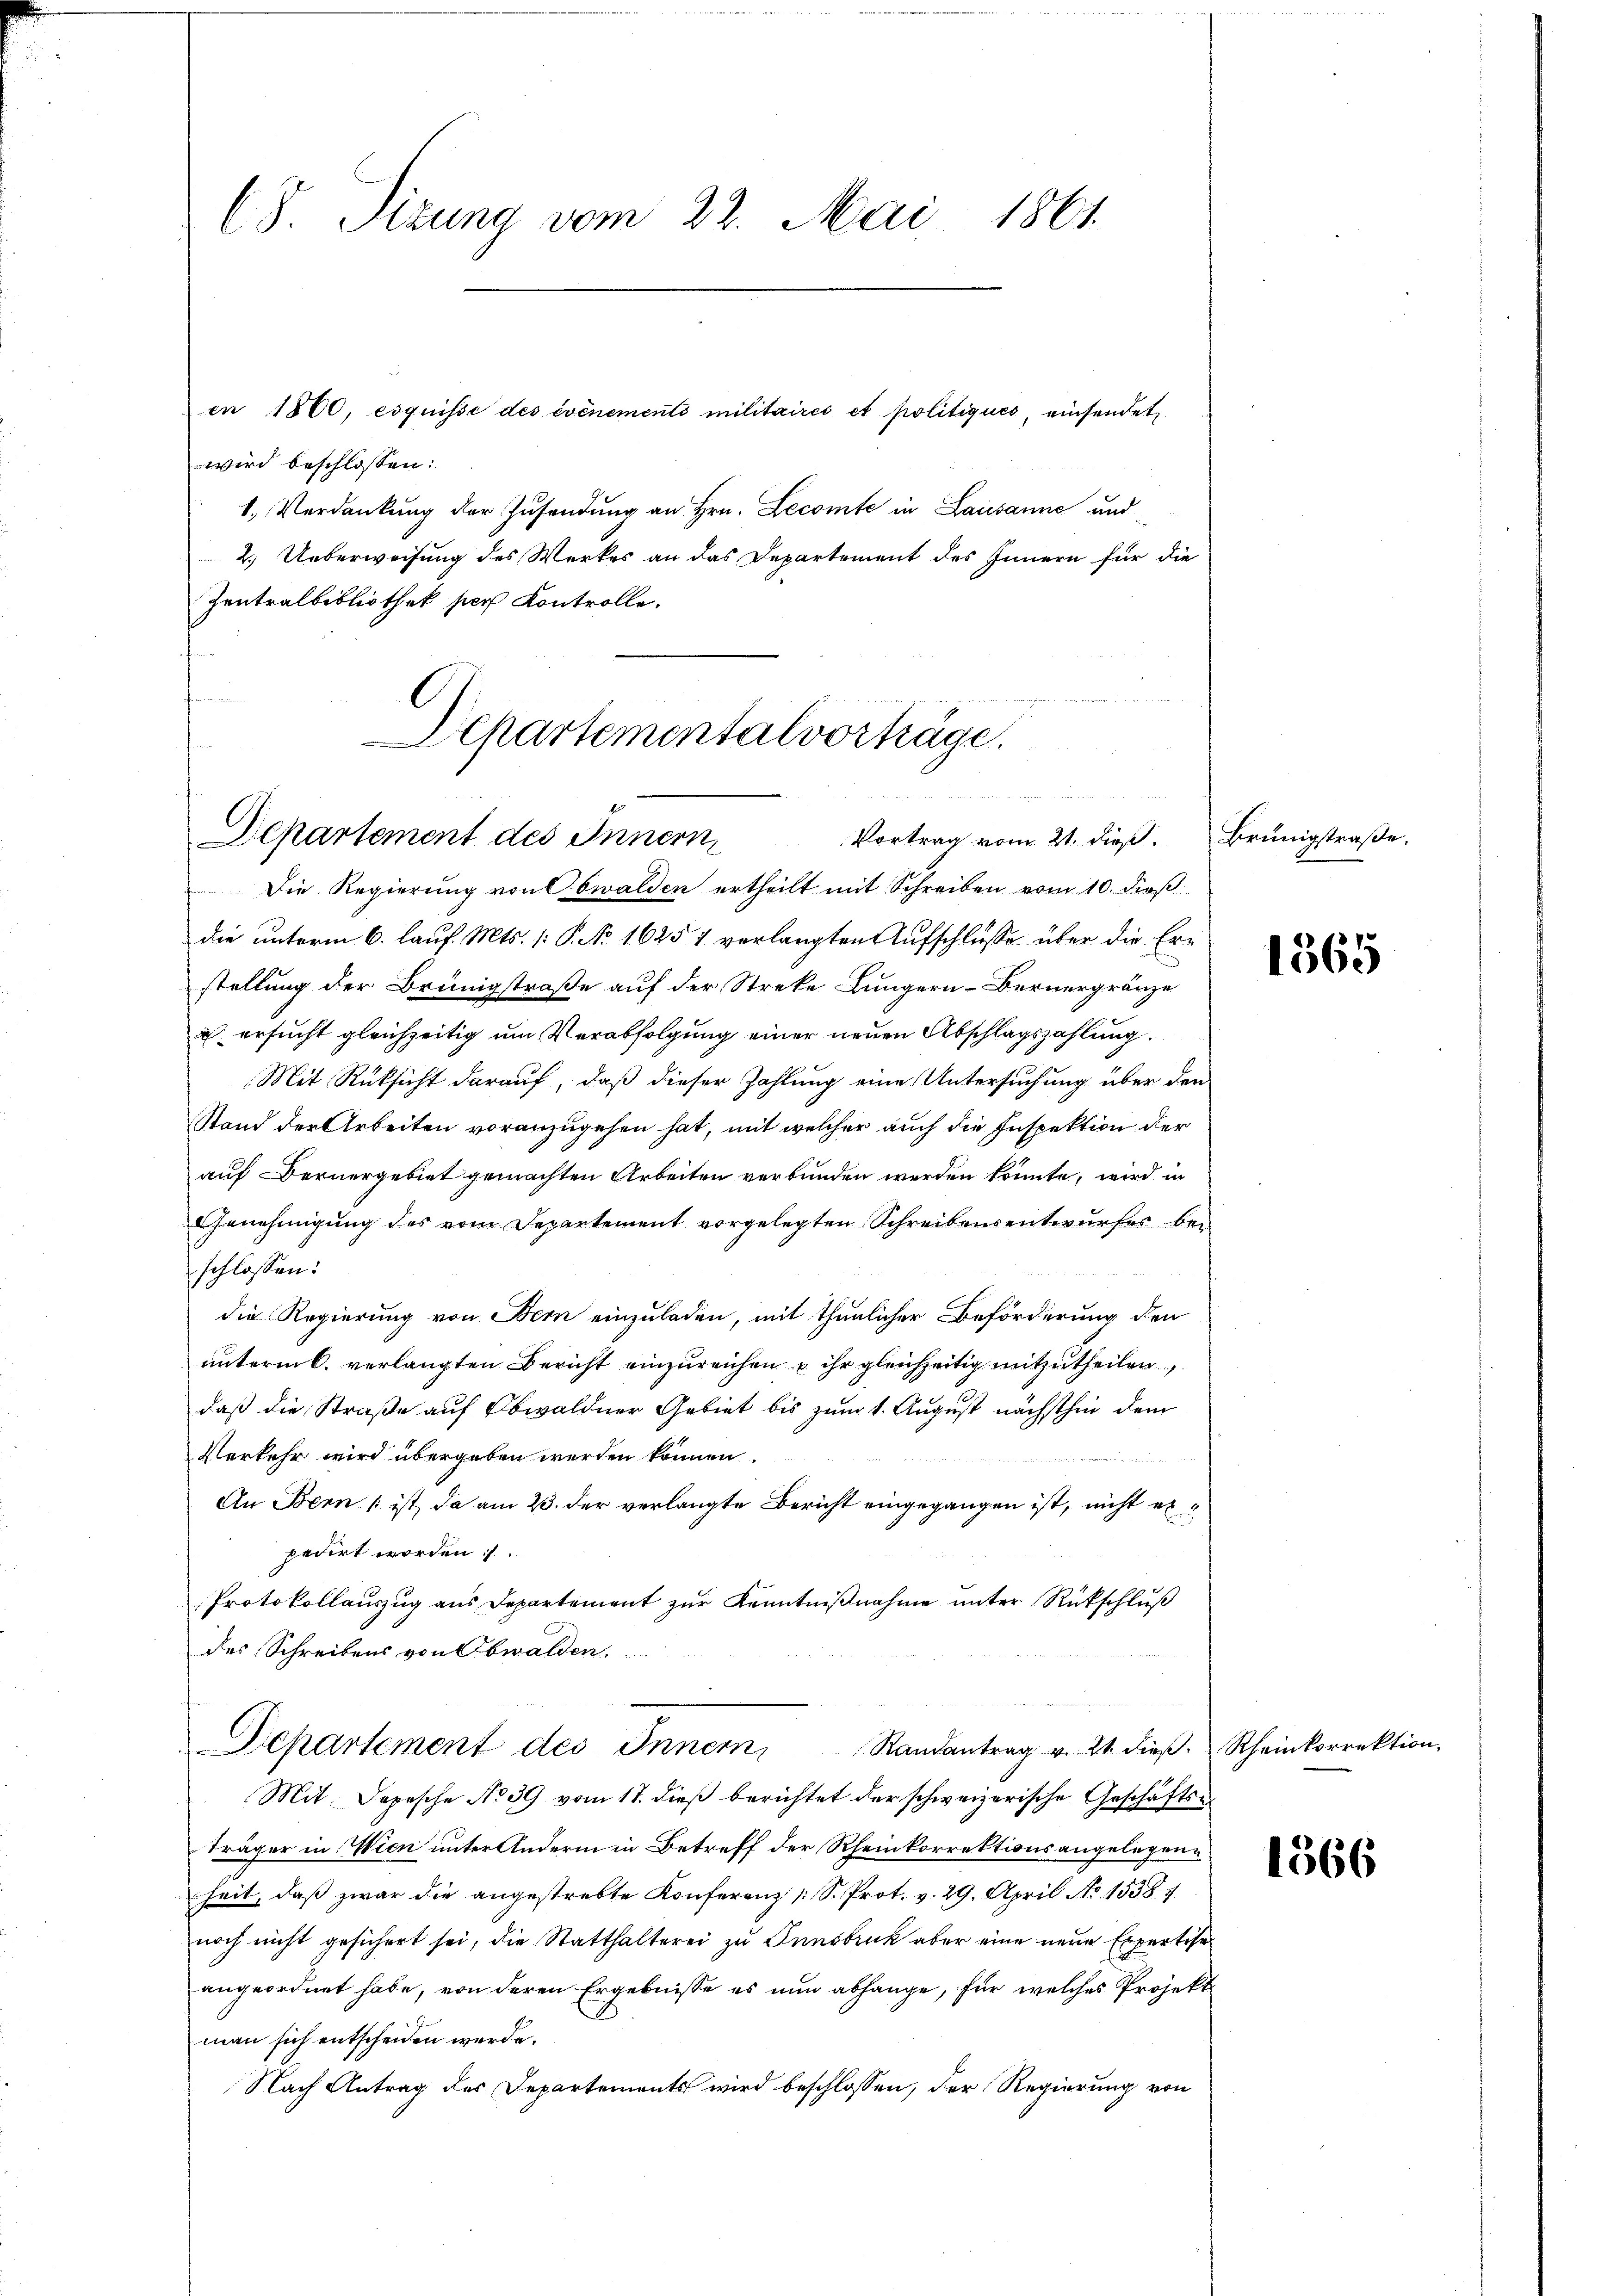
(8. Sizung vom 22. Mai 1861

en 1860, esquisse des événementi militaires et politiques, einsendet
wird beschlossen:
1. Verdankung der Zusendung an Hrn. Lecomte in Lausanne und
2.) Ueberweisung des Werkes an das Departement des Innern für die
Zentralbibliothek per Kontrolle.

Departementalvorträge.
e
Departement des Innern
Vortrag vom 21. dieß. Brünigstraße.

Die Regierung von Obwalden ertheilt mit Schreiben vom 10. dieß
die unterm 6. Lauf. Mts. [: P. No 1625 1 verlangten Aufschlusse über die Erstellung der Brüngstraße auf der Streke Lungern - Bernergränze
 ersucht gleichzeitig um Verabfolgung einer neuen Abschlagszahlung.
Mit Rücksicht darauf, daß dieser Zahlung eine Untersuchung über den
Stand der Arbeiten voranzugehen hat, mit welcher auch die Inspektion der
auf Bernergebiet gemachten Arbeiten verbunden werden könnte, wird in
Genehmigung des vom Departement vorgelegten Schreibensentwurfes beschlossen:
die Regierung von Bern einzuladen, mit thunlicher Beförderung den
unterm 6. verlangten Bericht einzureichen u ihr gleichzeitig mitzutheilen
daß die Straße auf Obwaldner Gebiet bis zum 1. August nächsthin dem
Verkehr wird übergeben werden können.
2 litter 222.
An Bern / ist, da am 23. der verlangte Bericht eingegangen ist, nicht erpedirt worden.
Protokollauszug aus Departement zur Kenntnißnahme unter Rückschluß
des Schreibens von Obwalden.
h

B
Departement des Inner Randantrag v. 21. dieβ. Rheinkorrektion,

Mit Depesche No 39 vom 17. dieß berichtet der schweizerische Geschäften
Träger in Wien unter Andern in Betreff der Rheinkorrektionsangelegenheit, daß zwar die angestrebte Konferenz [S. Prot. v. 29. April No 1538
noch nicht gesichert sei, die Statthalterei zu Innsbruck aber eine neue Expertise
angeordnet habe, von deren Ergebnisse es nun abhänge, für welches Projekt
man sich entscheiden werde.
Nach Antrag des Departements wird beschlossen, der Regierung von

1565

1566